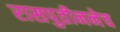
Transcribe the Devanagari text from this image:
रासपुतीननेच